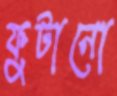
ফুটানো